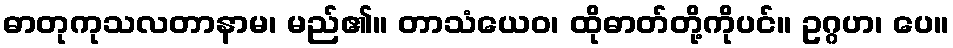
ဓာတုကုသလတာနာမ၊ မည်၏။ တာသံယေဝ၊ ထိုဓာတ်တို့ကိုပင်။ ဥဂ္ဂဟ၊ ပေ။